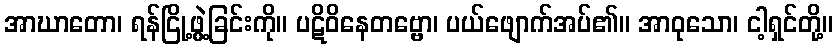
အာဃာတော၊ ရန်ငြို့ဖွဲ့ခြင်းကို။ ပဋိဝိနေတဗ္ဗော၊ ပယ်ဖျောက်အပ်၏။ အာဝုသော၊ ငါ့ရှင်တို့။